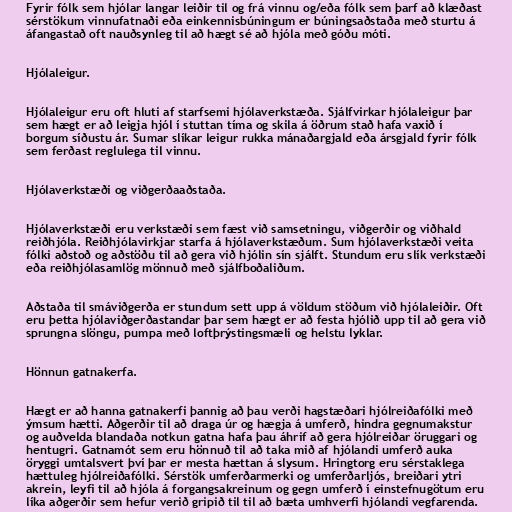
Fyrir fólk sem hjólar langar leiðir til og frá vinnu og/eða fólk sem þarf að klæðast
sérstökum vinnufatnaði eða einkennisbúningum er búningsaðstaða með sturtu á
áfangastað oft nauðsynleg til að hægt sé að hjóla með góðu móti.

Hjólaleigur.

Hjólaleigur eru oft hluti af starfsemi hjólaverkstæða. Sjálfvirkar hjólaleigur þar
sem hægt er að leigja hjól í stuttan tíma og skila á öðrum stað hafa vaxið í
borgum síðustu ár. Sumar slíkar leigur rukka mánaðargjald eða ársgjald fyrir fólk
sem ferðast reglulega til vinnu.

Hjólaverkstæði og viðgerðaaðstaða.

Hjólaverkstæði eru verkstæði sem fæst við samsetningu, viðgerðir og viðhald
reiðhjóla. Reiðhjólavirkjar starfa á hjólaverkstæðum. Sum hjólaverkstæði veita
fólki aðstoð og aðstöðu til að gera við hjólin sín sjálft. Stundum eru slík verkstæði
eða reiðhjólasamlög mönnuð með sjálfboðaliðum.

Aðstaða til smáviðgerða er stundum sett upp á völdum stöðum við hjólaleiðir. Oft
eru þetta hjólaviðgerðastandar þar sem hægt er að festa hjólið upp til að gera við
sprungna slöngu, pumpa með loftþrýstingsmæli og helstu lyklar.

Hönnun gatnakerfa.

Hægt er að hanna gatnakerfi þannig að þau verði hagstæðari hjólreiðafólki með
ýmsum hætti. Aðgerðir til að draga úr og hægja á umferð, hindra gegnumakstur
og auðvelda blandaða notkun gatna hafa þau áhrif að gera hjólreiðar öruggari og
hentugri. Gatnamót sem eru hönnuð til að taka mið af hjólandi umferð auka
öryggi umtalsvert því þar er mesta hættan á slysum. Hringtorg eru sérstaklega
hættuleg hjólreiðafólki. Sérstök umferðarmerki og umferðarljós, breiðari ytri
akrein, leyfi til að hjóla á forgangsakreinum og gegn umferð í einstefnugötum eru
líka aðgerðir sem hefur verið gripið til til að bæta umhverfi hjólandi vegfarenda.